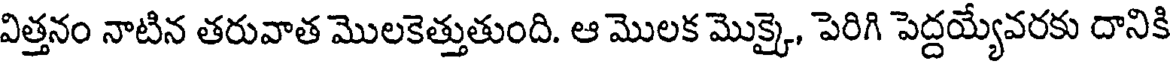
విత్తనం నాటిన తరువాత మొలకెత్తుతుంది. ఆ మొలక మొక్కై, పెరిగి పెద్దయ్యేవరకు దానికి